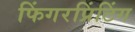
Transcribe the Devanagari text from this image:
फिंगरप्रिंटिंग